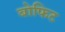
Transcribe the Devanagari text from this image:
बोफिट